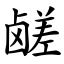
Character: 鹾